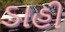
ડાહી